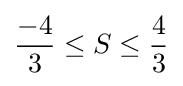
{\frac {-4}{3}}\leq S\leq {\frac {4}{3}}